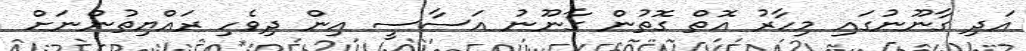
އަދި ގާނޫނުގައި މިހާރު އޮތް ގޮތުން ގާނޫނު އަސާސީ އިން ދިވެހި ރައްޔިތުންނަށް